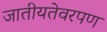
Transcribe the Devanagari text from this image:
जातीयतेवरपण